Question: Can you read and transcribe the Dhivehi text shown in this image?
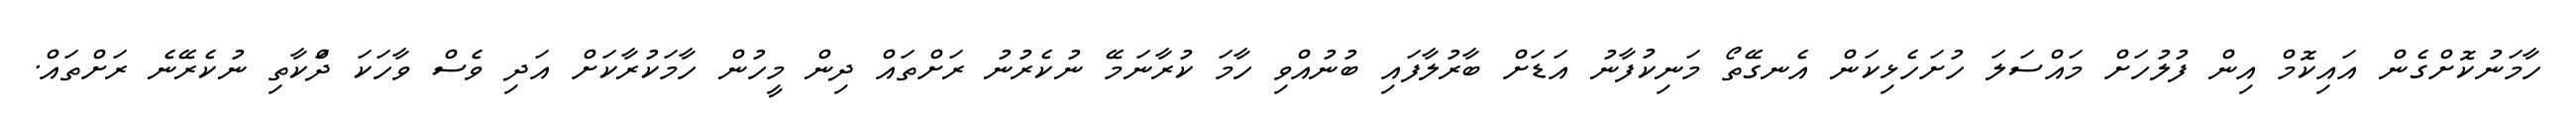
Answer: ހާމަނުކޮށްގެން އައިކޮމް އިން ފުލުހަށް މައްސަލަ ހުށަހެޅިކަން އެނގޭތޯ މަނިކުފާނު އަޑަށް ބާރުލާފައި ބުނުއްވި ހާމަ ކުރާނަމޭ ނުކެރުނު ރަށްތައް ދިން މީހުން ހާމަކުރާކަށް އަދި ވެސް ވާހަކަ ދަްކާތި ނުކެރޭނެ ރަށްތައް.